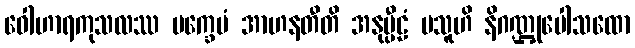
ဝေါဟာရကုသလဿ ပက္ခေပံ အာဟနတီတိ အနုပ္ပီဠံ ပသူဟိ နိဂဏ္ဌုပေါသထော